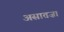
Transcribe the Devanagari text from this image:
असातज़ा